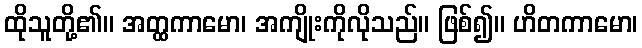
ထိုသူတို့၏။ အတ္ထကာမော၊ အကျိုးကိုလိုသည်။ ဖြစ်၍။ ဟိတကာမော၊